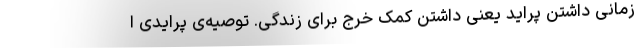
زمانی داشتن پراید یعنی داشتن کمک خرج برای زندگی. توصیه‌ی پرایدی ا